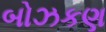
બોઝકણ